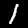
Digit: 1